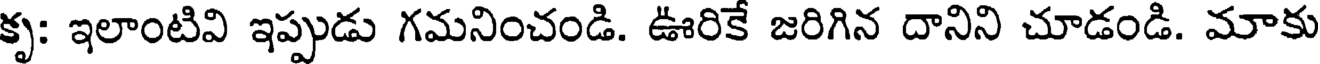
కృ: ఇలాంటివి ఇప్పుడు గమనించండి. ఊరికే జరిగిన దానిని చూడండి. మాకు